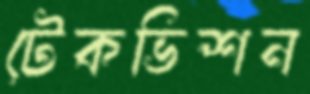
টেকভিশন